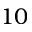
1 0